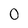
Character: 0